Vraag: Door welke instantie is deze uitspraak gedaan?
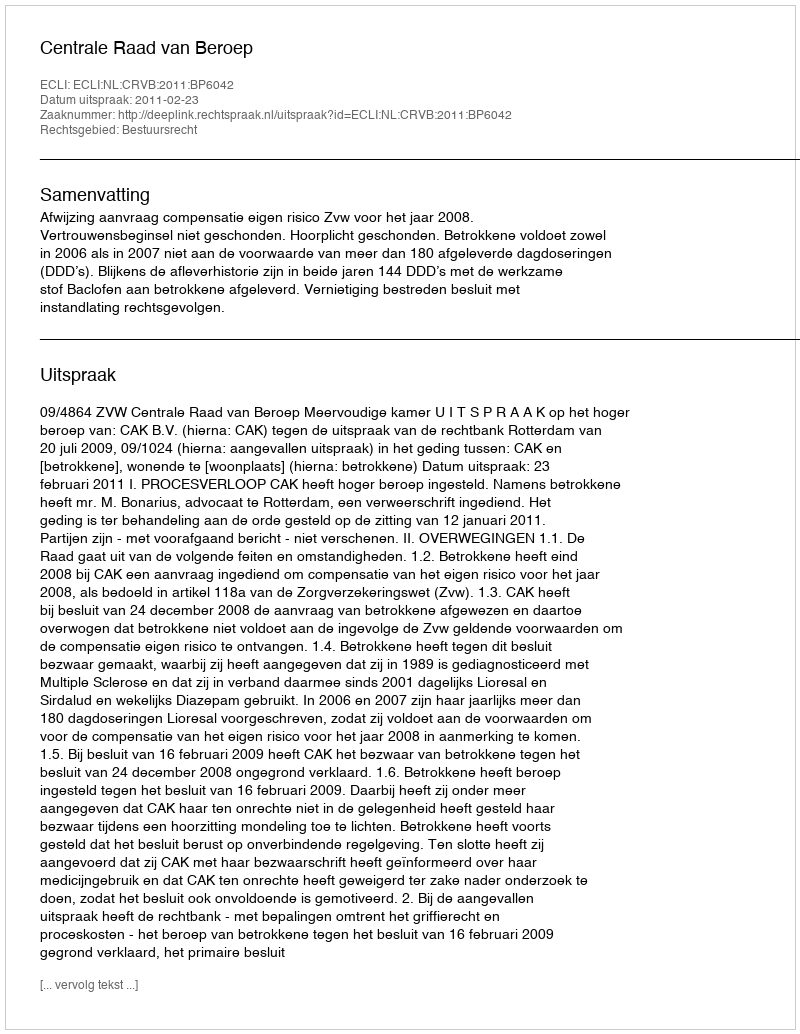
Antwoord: Centrale Raad van Beroep